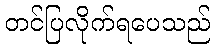
တင်ပြလိုက်ရပေသည်